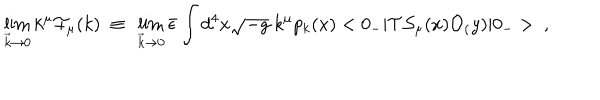
LaTeX: \lim _ { { \vec { k } } \rightarrow 0 } k ^ { \mu } { \cal F } _ { \mu } ( k ) ~ \equiv ~ \lim _ { { \vec { k } } \rightarrow 0 } { \bar { \epsilon } } \int d ^ { 4 } x \sqrt { - g } ~ k ^ { \mu } p _ { k } ( x ) < 0 _ { - } | { \cal T } { \cal S } _ { \mu } ( x ) { \cal O } _ { ( } y ) | 0 _ { - } > ~ ,